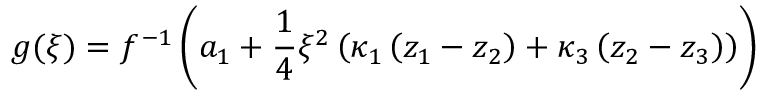
g ( \xi ) = f ^ { - 1 } \left( a _ { 1 } + \frac { 1 } { 4 } \xi ^ { 2 } \left( \kappa _ { 1 } \left( z _ { 1 } - z _ { 2 } \right) + \kappa _ { 3 } \left( z _ { 2 } - z _ { 3 } \right) \right) \right)